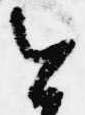
今